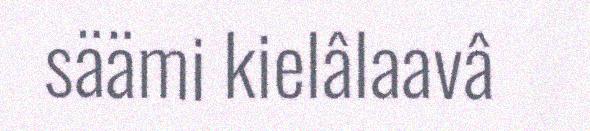
säämi kielâlaavâ